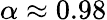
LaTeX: \alpha\approx 0.98